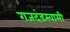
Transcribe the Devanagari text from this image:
गजदंडस्वामी